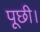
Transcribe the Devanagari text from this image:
पूछी।